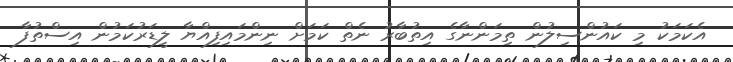
އެކަމަކު މި ކައުންސިލުން ތިމަންނާގެ އިތުބާރު ނެތް ކަމަށް ނިންމައިފިއްޔާ ލީޑަރުކަމުން އިސްތުފާ